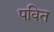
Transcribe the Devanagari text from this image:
पवित